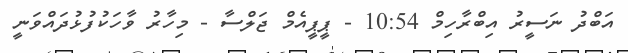
އަބްދު ނަސީރު އިބްރާހިމް 10:54 - ޕީޕީއެމް ޖަލްސާ - މިހާރު ވާހަކުފުޅުދައްވަނީ